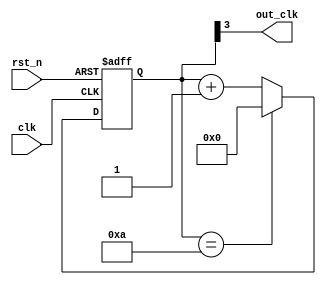
module div(out_clk,clk,rst_n);
  input clk,rst_n;
  output out_clk;
  reg [3:0]counter;
  
  always@(posedge clk or negedge rst_n)
    if(~rst_n)
      counter<=0;
    else if(counter==4'b1010)
      counter<=0;
    else
      counter<=counter+1'b1;    
  assign out_clk=counter[3];
endmodule